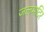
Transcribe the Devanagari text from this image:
जलमदिर